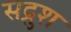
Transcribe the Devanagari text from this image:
सद्रुश